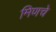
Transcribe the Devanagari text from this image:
मिणचे